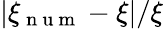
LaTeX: |\xi_{\mathrm{~n~u~m~}}-\xi|/\xi